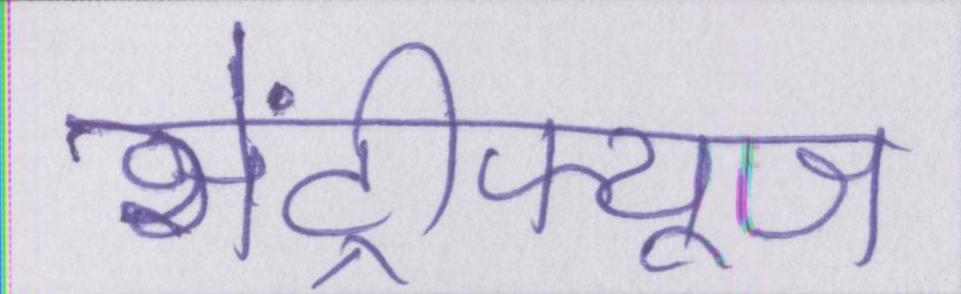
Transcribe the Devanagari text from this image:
सेंट्रीफ्यूज